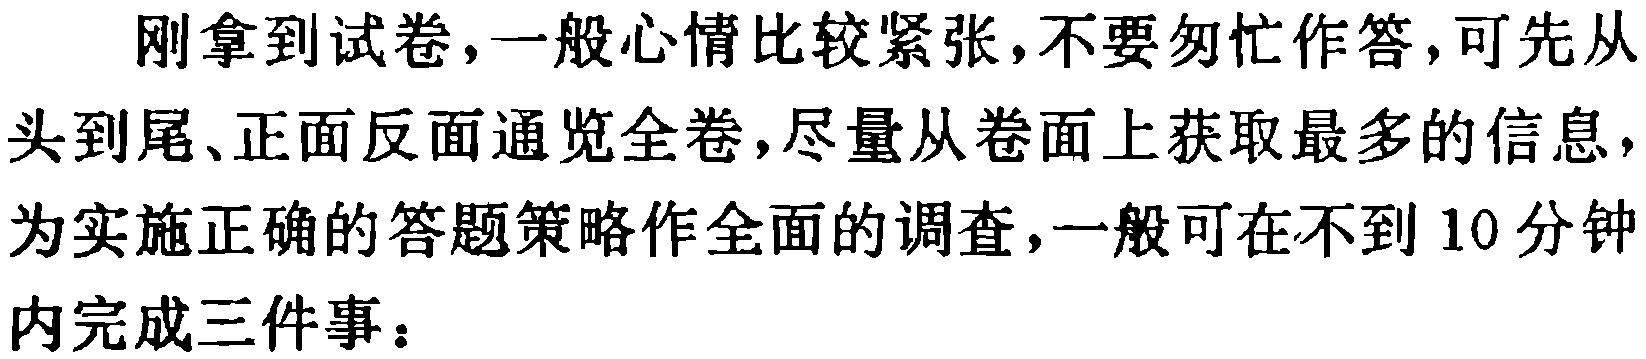
刚拿到试卷，一般心情比较紧张，不要匆忙作答，可先从头到尾、正面反面通览全卷，尽量从卷面上获取最多的信息，为实施正确的答题策略作全面的调查，一般可在不到 10 分钟内完成三件事：